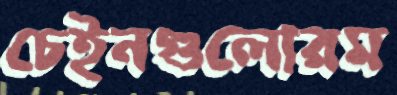
চেইনগুলোরম